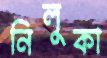
নিলুকা